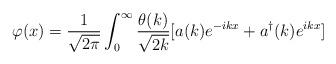
LaTeX: \begin{align*}\varphi (x) = \frac{1}{\sqrt{2\pi}} \int_0^{\infty} \frac{\theta(k)}{\sqrt{2k}}[a(k)e^{-ikx}+a^{\dag}(k)e^{ikx}]\end{align*}